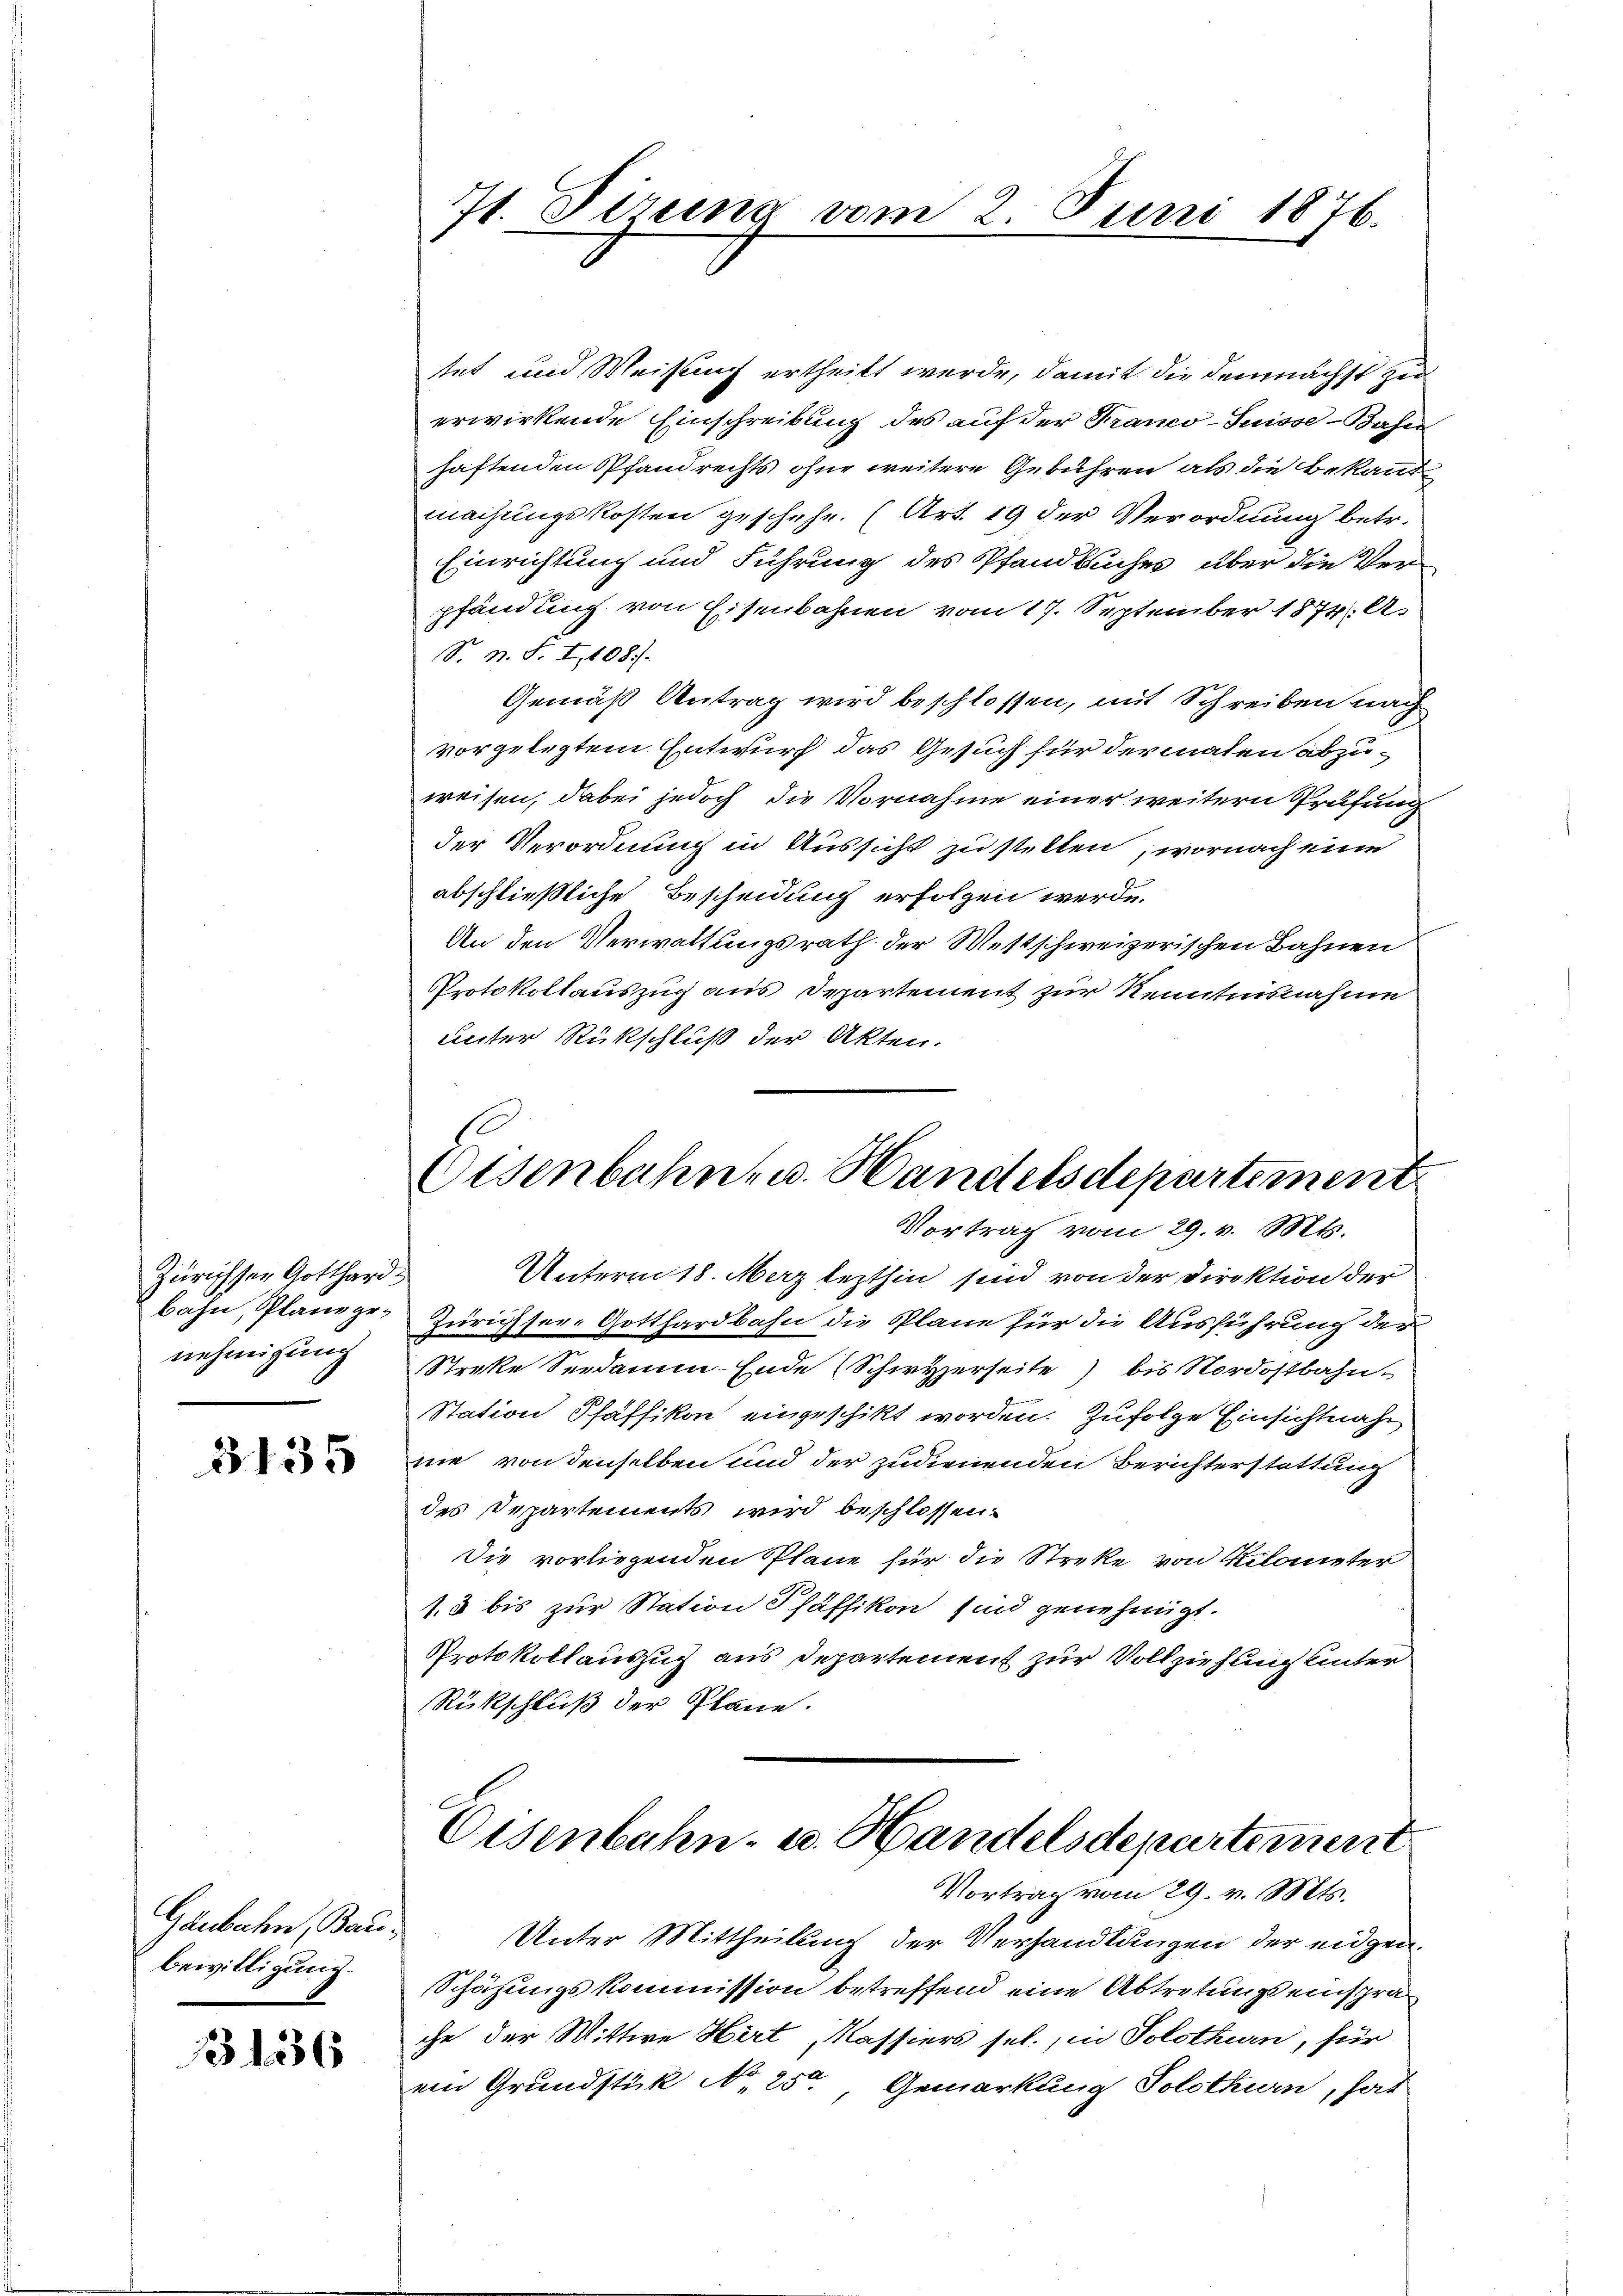
Zürichsen Gotthard
nehmigung

3135

Gäubahn, Bau.
bewilligung.

3136

tet und Weisung ertheilt werde, damit die demnächst zu
erwirkende Einschreibung des auf der Franco-Suisse Bahn
haftenden Pfandrechts ohne weitere Gebühren als die Bekannt
machungskosten geschehe. (Art. 19 der Verordnung betr.
Einrichtung und Führung des Pfandbuches über die Ver-
pfändung von Eisenbahnen vom 17. September 1874. A.
S. n. F. I,108.
Gemäß Antrag wird beschlossen, mit Schreiben nach
vorgelegtem Entwurf das Gesuch für dermalen abzuweisen, dabei jedoch die Vornahme einer weitern Prüfung
der Verordnung in Aussicht zu stellen, wornach eine
abschließliche Bescheidung erfolgen werde.
An den Verwaltungsrath der Westschweizerischen Bahnen
Protokollauszug aus Departement zur Kenntnisnahme
unter Rückschluß der Akten.
Eisenbahn u. Handelsdepartement

71. Dirung vom 2. Juni 1876.

Vortrag vom 29. v. Mts.

Unterm 18. März lezthin sind von der Direktion der
bahn, Planeger Zürichter- Gotthardbahn die Pläne für die Ausführung der
Streke Seedamm- Ende (Schwyzerseite) bis Nordostbahn-
Station Pfäffikon eingeschikt worden. Zufolge Einsichtnah
ne von denselben und der zudienenden Berichterstattung
des Departements wird beschlossen:
Die vorliegenden Pläne für die Streke von Kilometer
1.3 bis zur Station Pfäffikon sind genehmigt.
Protokollauszug aus Departement zur Vollziehung hinter
Rückschluß der Plane.

Eisenbahn- u. Handelsdepartement
Vortrag vom 29. v. Mts.

Unter Mittheilung der Verhandlungen der eidgen.
Schäzungskommission betreffend eine Abtretungs einspräche der Wittwe Hirt Kassiers sel., in Solothurn, für
ein Grundstük No. 25ten Gemarkung Solothurn, hat